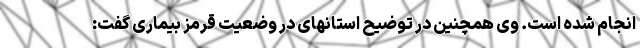
انجام شده است. وی همچنین در توضیح استانهای در وضعیت قرمز بیماری گفت: